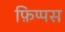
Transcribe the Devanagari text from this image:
फ़िप्पस